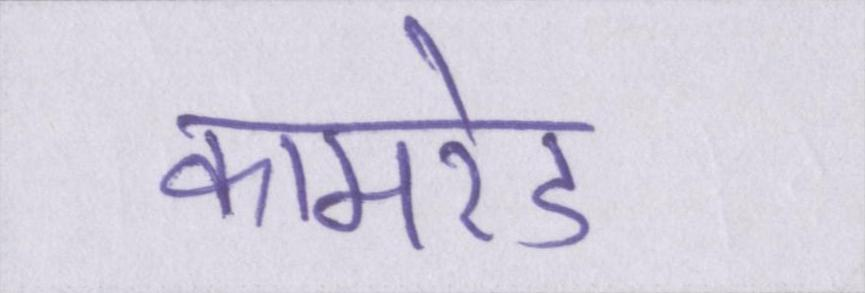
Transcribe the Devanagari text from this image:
कामरेड